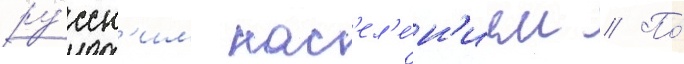
ру́сск'им нас'ел'е́н'ием // По́